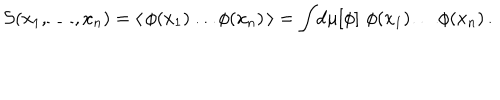
{ \cal S } ( x _ { 1 } , \dots , x _ { n } ) = \langle \, \phi ( x _ { 1 } ) \dots \phi ( x _ { n } ) \, \rangle = \int \! \mathrm { d } \mu [ \phi ] \, \, \phi ( x _ { 1 } ) \dots \phi ( x _ { n } ) \, .